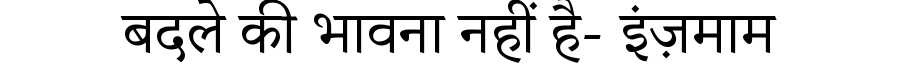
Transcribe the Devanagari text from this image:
बदले की भावना नहीं है- इंज़माम